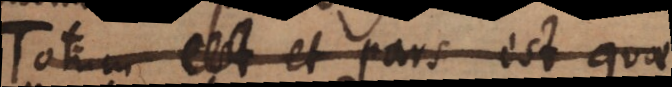
Totum est et pars est quae